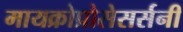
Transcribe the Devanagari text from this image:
मायक्रोप्रोसेसर्सनी